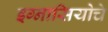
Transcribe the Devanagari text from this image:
इग्नासियोचे